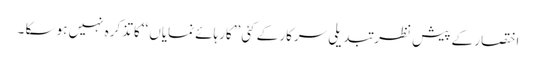
اختصار کے پیش نظر تبدیلی سرکار کے کئی ’’کارہائے نمایاں ‘‘کا تذکرہ نہیں ہو سکا ۔